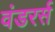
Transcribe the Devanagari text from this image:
वंडरर्स